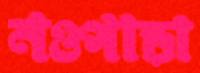
নওপাড়া